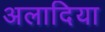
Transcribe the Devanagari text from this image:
अलादिया